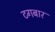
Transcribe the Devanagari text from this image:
टगबार